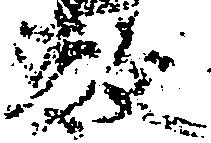
敷